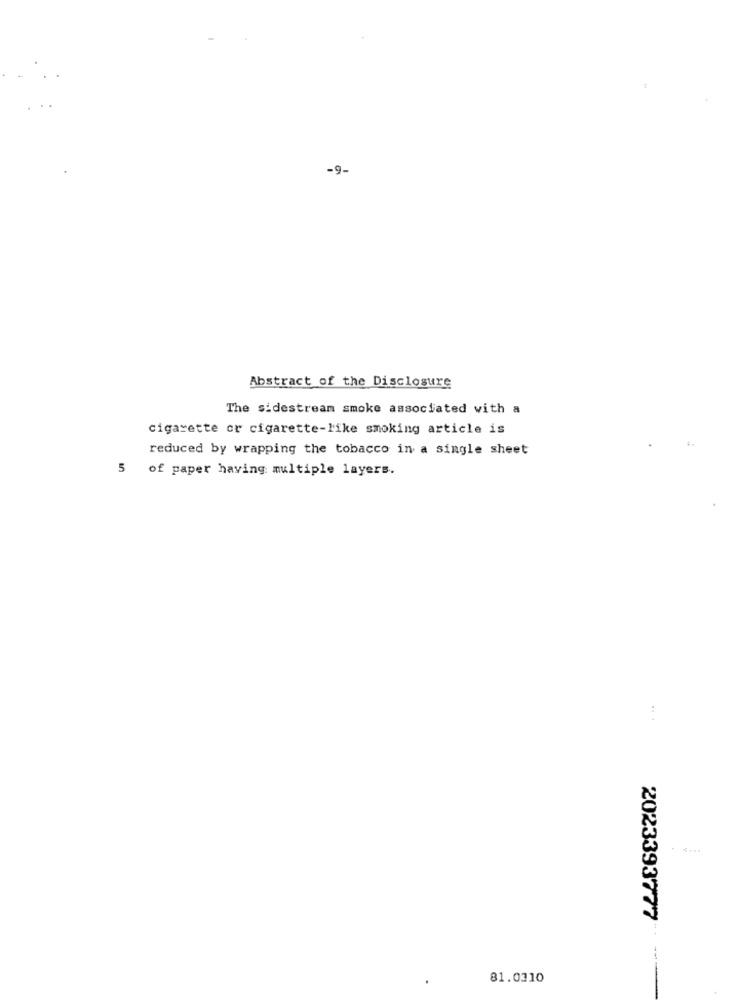
-9.
Abstract of the Disclosure
The sidestream smoke associated with a
cigarette cr cigarette-like smoking article is
reduced by wrapping the tobacco in a single sheet
5 of paper having multiple layers.
2023393777
81.0310